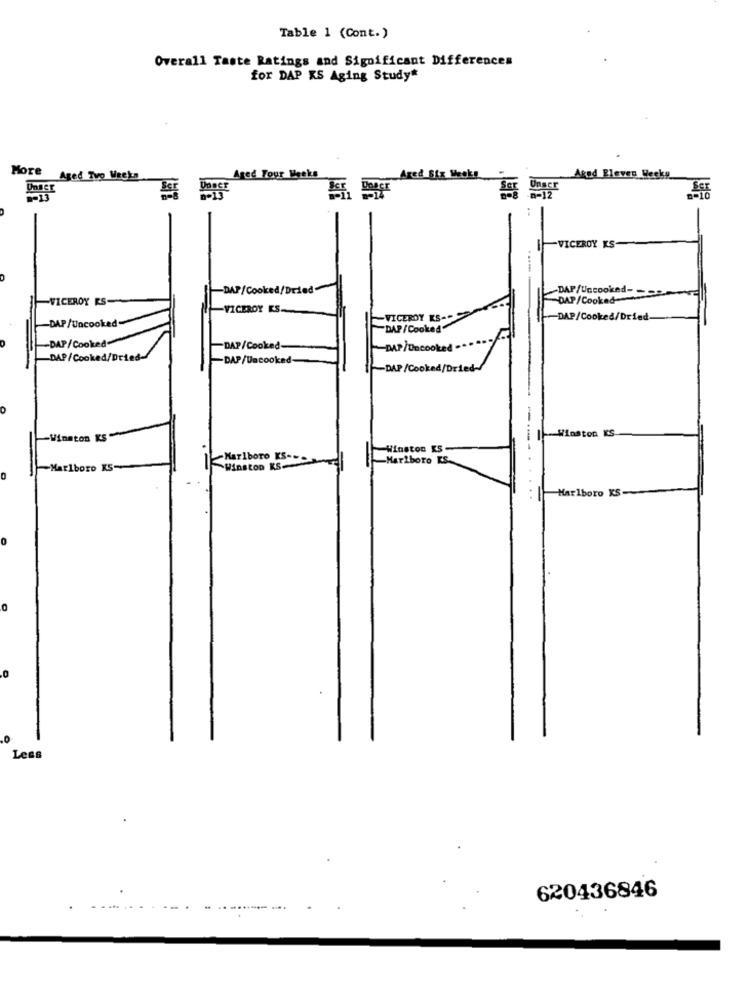
Table 1 (Cont.)
Overall Taste Ratings and Significant Differences
for DAP KS Aging Study*
More
Aged Two Weeks
Aged Tour Weeks
Ared Six Weeks
Agod Eleven Hecke
VICEROY KS-
-DAP/Cooked/Dried
DAP/Uncooked-
-VICEROY RS-
DAP/Cooked
-VICEROY KS.
-DAP/Uncooked
-VICEROY KS-
-DAP/Cooked/Dried-
DAP/Cooked
DAP/Cooked
-DAP/Cooked-
-DAP/Uncooked
DAP/Cooked/Dried-
-DAP/Uncooked
-DAP/Cooked/Dried-
Winston KS
Winston KS
Winston KS
Marlboro KS-
-Marlboro KS.
"Marlboro KS-
Winston KS.
Marlboro KS
.0
Less
620436846